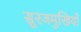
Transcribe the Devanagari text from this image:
सूरजमुखियों